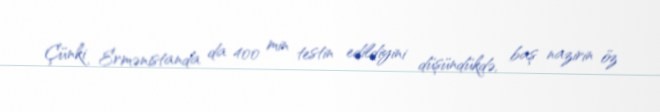
Çünki Ermənistanda da 400 min testin edildiyini düşündükdə, baş nazirin öz